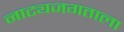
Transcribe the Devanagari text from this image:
नाट्यजगताला